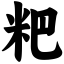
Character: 粑